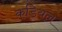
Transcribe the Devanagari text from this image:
कडियल